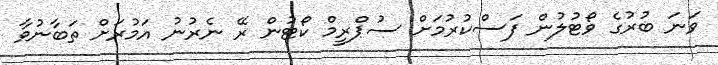
ވަނަ ބުރުގެ ވޯޓުލުން ފަސްކުރުމަށް ސުޕްރީމް ކޯޓުން ރޭ ނެރުނު އަމުރަށް ތަބާނުވާ